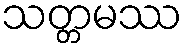
သတ္တမဿ